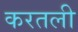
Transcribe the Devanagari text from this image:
करतली